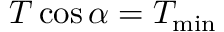
T \cos \alpha = T _ { \mathrm { m i n } }